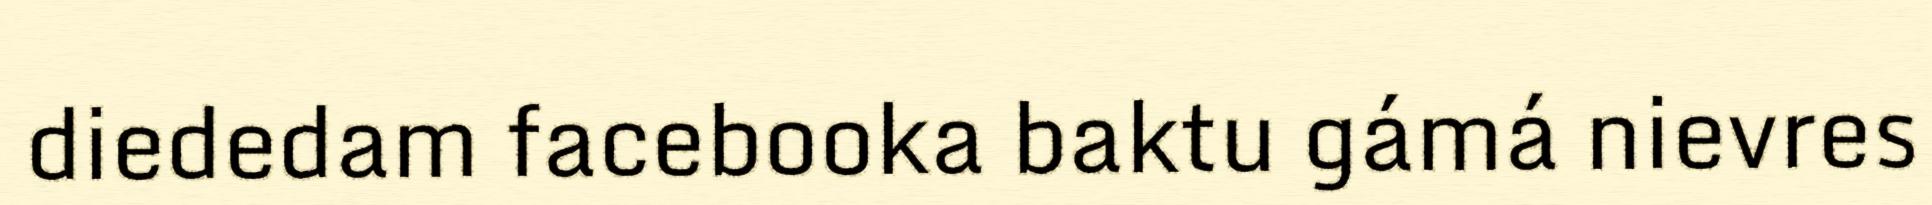
diededam facebooka baktu gámá nievres